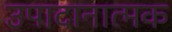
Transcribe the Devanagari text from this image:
उपादानात्मक